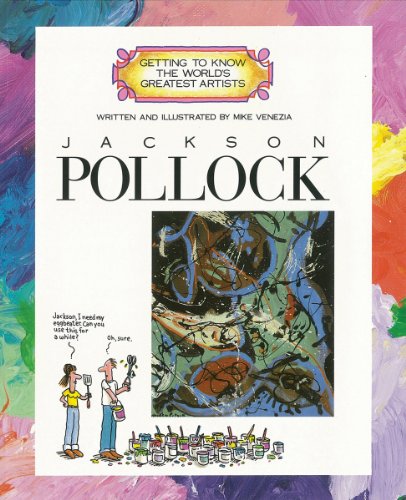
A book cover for Jackson Pollock (Getting to Know the World's Greatest Artists); Mike Venezia; Children's Books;